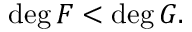
\deg F < \deg G .